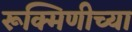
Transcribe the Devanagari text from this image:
रूक्मिणीच्या